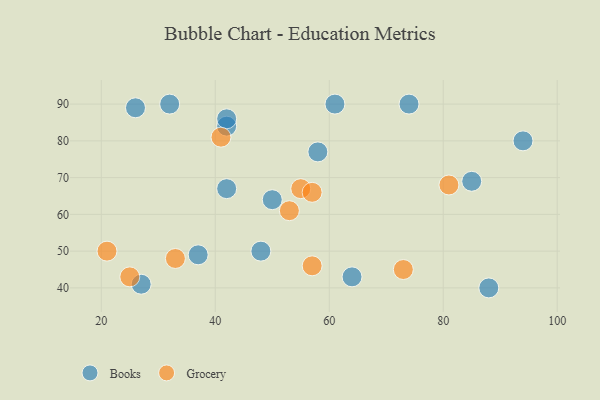
{"axis": {"x": "GDP", "y": "Life Expectancy"}, "legend": ["Books", "Grocery"], "data": [{"x": "32", "y": 90, "type": "Books"}, {"x": "74", "y": 90, "type": "Books"}, {"x": "94", "y": 80, "type": "Books"}, {"x": "58", "y": 77, "type": "Books"}, {"x": "48", "y": 50, "type": "Books"}, {"x": "27", "y": 41, "type": "Books"}, {"x": "42", "y": 67, "type": "Books"}, {"x": "37", "y": 49, "type": "Books"}, {"x": "88", "y": 40, "type": "Books"}, {"x": "42", "y": 84, "type": "Books"}, {"x": "85", "y": 69, "type": "Books"}, {"x": "42", "y": 86, "type": "Books"}, {"x": "50", "y": 64, "type": "Books"}, {"x": "61", "y": 90, "type": "Books"}, {"x": "64", "y": 43, "type": "Books"}, {"x": "26", "y": 89, "type": "Books"}, {"x": "53", "y": 61, "type": "Grocery"}, {"x": "73", "y": 45, "type": "Grocery"}, {"x": "55", "y": 67, "type": "Grocery"}, {"x": "21", "y": 50, "type": "Grocery"}, {"x": "57", "y": 46, "type": "Grocery"}, {"x": "81", "y": 68, "type": "Grocery"}, {"x": "57", "y": 66, "type": "Grocery"}, {"x": "33", "y": 48, "type": "Grocery"}, {"x": "25", "y": 43, "type": "Grocery"}, {"x": "41", "y": 81, "type": "Grocery"}]}